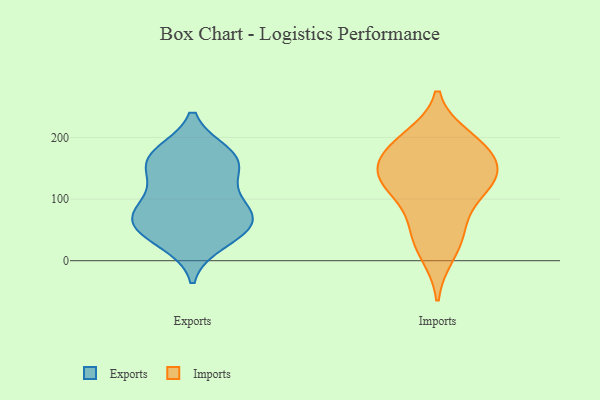
{"axis": {"x": "Website Visitors", "y": "Value"}, "legend": ["Exports", "Imports"], "data": [{"x": "", "y": 93, "type": "Exports"}, {"x": "", "y": 47, "type": "Exports"}, {"x": "", "y": 173, "type": "Exports"}, {"x": "", "y": 60, "type": "Exports"}, {"x": "", "y": 73, "type": "Exports"}, {"x": "", "y": 163, "type": "Exports"}, {"x": "", "y": 58, "type": "Exports"}, {"x": "", "y": 126, "type": "Exports"}, {"x": "", "y": 31, "type": "Exports"}, {"x": "", "y": 161, "type": "Exports"}, {"x": "", "y": 81, "type": "Exports"}, {"x": "", "y": 164, "type": "Exports"}, {"x": "", "y": 12, "type": "Imports"}, {"x": "", "y": 126, "type": "Imports"}, {"x": "", "y": 178, "type": "Imports"}, {"x": "", "y": 140, "type": "Imports"}, {"x": "", "y": 176, "type": "Imports"}, {"x": "", "y": 198, "type": "Imports"}, {"x": "", "y": 186, "type": "Imports"}, {"x": "", "y": 130, "type": "Imports"}, {"x": "", "y": 57, "type": "Imports"}, {"x": "", "y": 116, "type": "Imports"}, {"x": "", "y": 45, "type": "Imports"}, {"x": "", "y": 134, "type": "Imports"}]}